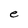
Character: e